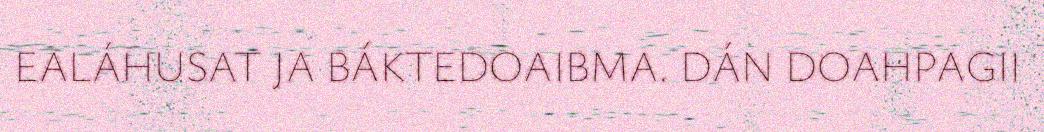
EALÁHUSAT JA BÁKTEDOAIBMA. DÁN DOAHPAGII